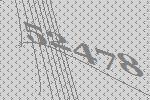
52478